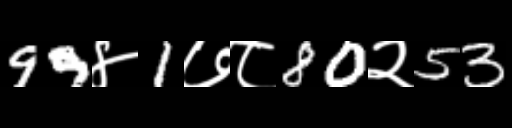
Text: 99४1७८80२53